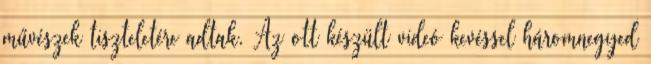
művészek tiszteletére adtak. Az ott készült videó kevéssel háromnegyed